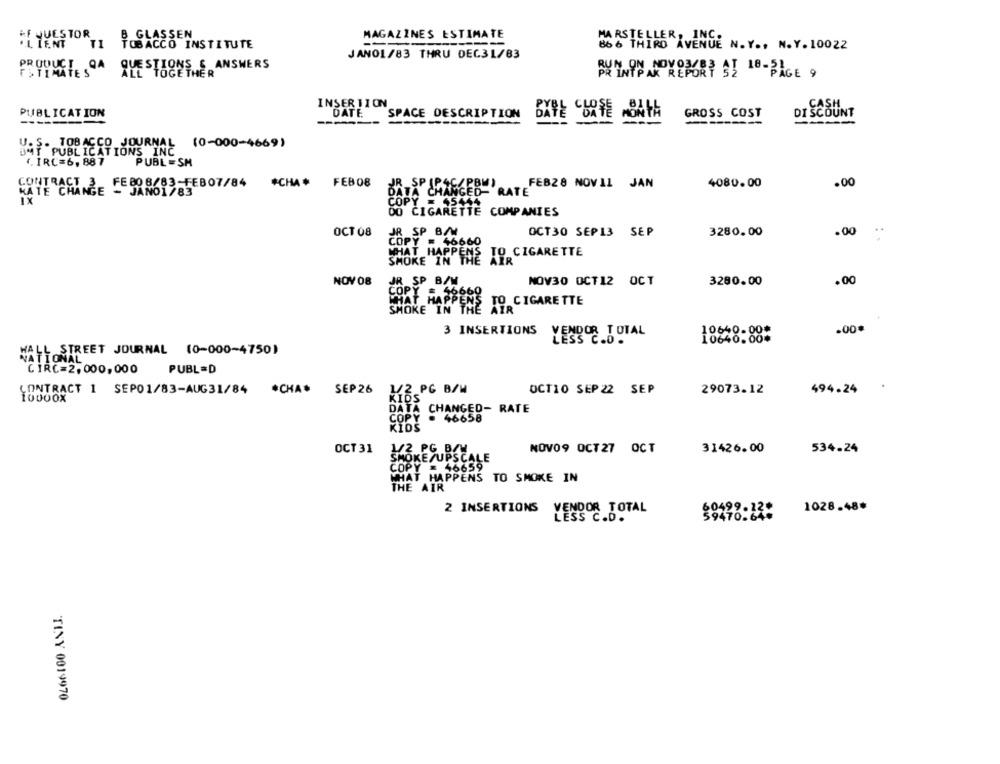
B GLASSEN
MAGAZINES ESTIMATE
MARSTELLER, INC.
TOBACCO INSTITUTE
866 THIRD AVENUE N. Y ., N.Y. 10022
JANO1/83 THRU DEC31/83
PRODUCT
QA
JESTIONS & ANSWERS
ESTIMATES
PRINTPAN REPO
NOVOBUBE AT 18-PAGE 9
INSER TION
CASH
PUBLICATION
DATE
SPACE DESCRIPTION
GROSS COST
DI SCOUNT
BYTE DATE MONTH
. TOBACCO JOURNAL (0-000-4669)
HAY " PUBLICATIO
(. IRC=6, 887
PUBL =SM
CONTRACT 3 FEB08/83-FEB07/84
#CHA *
FEB 08
JR _SP (P4C/PBM)
FEB28 NOVIL JAN
4080.00
.00
KATE CHANGE - JANO1783
DATA CHANGED- RATE
1X
JANO1783
Y = 65444
DO CIGARETTE COMPANIES
OCT 08
RESP
OCT30 SEP13 SEP
SEP
3280.00
.00
COPY = 46660
WHAT HAPPEN
WHAT HAPPENS TO CIGARETTE
SMOKE IN THE AIR
NOV 08
JR SP B/W.
NOV30 OCT12 OCT
3280.00
.00
FORT HAPPEN
19. CIGARETTE
SMOKE IN THE AIR
.00*
3 INSERTIONS
18628:88*
WALL STREET JOURNAL (0-000-4750)
NATIONAL
CIRC=2, 000, 000
PUBL =D
CONTRACT 1 SEP01/83-AUG31/84 *CHA* SEP26
1/2 PG B/W
OCT10 SEP 22 SEP
494.24
KIDS
29073.12
DATA CHANGED- RATE
COPY
. 46658
KIDS
OCT 31
1/2 PG BZW
NOV09 OCT27 OCT
31426.00
534.24
SMOKE/UPSCALE
COPY = 46659
WHAT HAPPENS TO SMOKE IN
THE AIR
2 INSERTIONS
ENDOR TOTAL
1028.48*
TINY 0019970